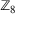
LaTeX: \mathbb { Z } _ { 8 }